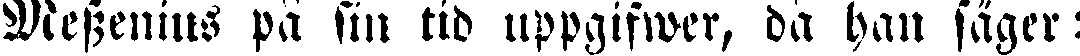
Messenius på sin tid uppgifwer, då han säger: